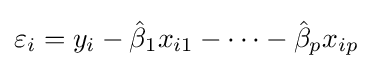
\varepsilon _{i}=y_{i}-{\hat {\beta }}_{1}x_{i1}-\cdots -{\hat {\beta }}_{p}x_{ip}